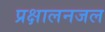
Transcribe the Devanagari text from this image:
प्रक्षालनजल